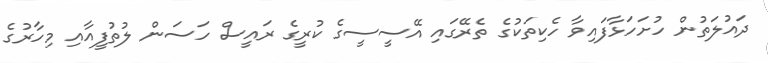
ދައުލަތުން ހުށަހަޅާފައިވާ ހެކިތަކުގެ ތެރޭގައި އޭސީސީގެ ކުރީގެ ރައީސް ހަސަން ލުތުފީއާއި މިހާރުގެ